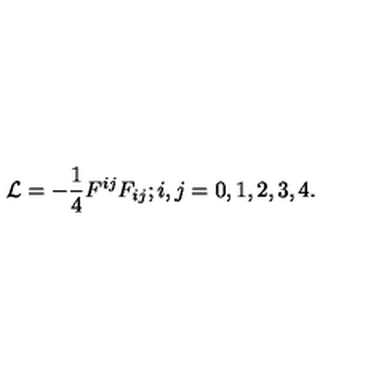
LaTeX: { \cal L } = - { \frac { 1 } { 4 } } { F ^ { i j } F _ { i j } } ; i , j = 0 , 1 , 2 , 3 , 4 .